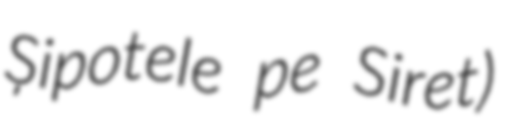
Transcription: Șipotele pe Siret)